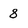
Character: 8